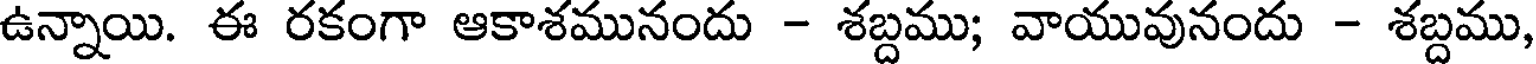
ఉన్నాయి. ఈ రకంగా ఆకాశమునందు - శబ్దము; వాయువునందు - శబ్దము,